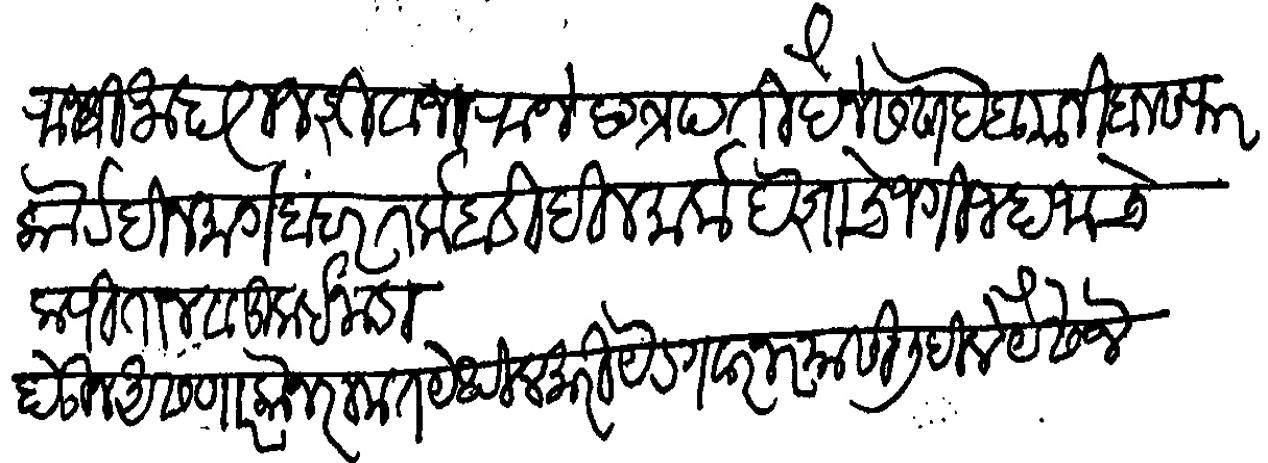
Transliteration (Devanagari): राजश्री महाराज शिवाजीराजे छत्रपती हैनेस साहेब यानी बनसफर कोर्ट दिनमार्कबंदर तर्कबाडी दिनमार्क देशाचे जंगी जहाजाचे कपीतान व कुईनाडा होऊन असणार कोनरामत येथील मोरीयेर गववरनर यांसी लिहीले यैसेजे